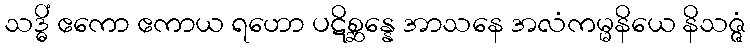
သဒ္ဓိံ ဧကော ဧကာယ ရဟော ပဋိစ္ဆန္နေ အာသနေ အလံကမ္မနိယေ နိသဇ္ဇံ